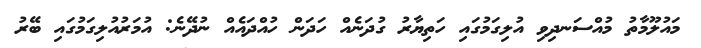
މައުލޫމާތު މުއްސަނދިވި އުލިގަމުގައި ހަތިޔާރު ގުދަނެއް ހަދަން ހުއްދައެއް ނުދޭނެ: އުމަރުއުލިގަމުގައި ބޭރު